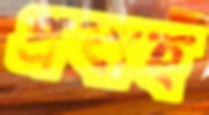
প্রবাহ